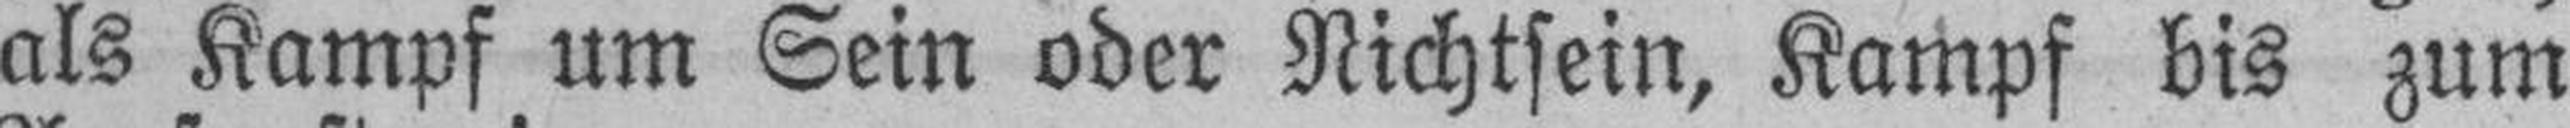
als Kampf um Sein oder Nichtsein, Kampf bis zum